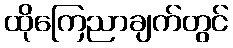
ထိုကြေညာချက်တွင်